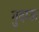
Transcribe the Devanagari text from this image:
गुदाऊ